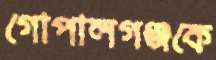
গোপালগঞ্জকে